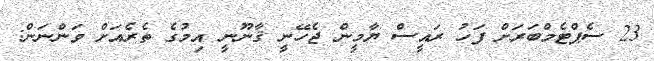
23 ސެޕްޓެމްބަރަށް ފަހު ރައީސް ޔާމީން ޖެހޭނީ ޤާނޫނީ އިމުގެ ތެރެއަށް ވަންނަން: